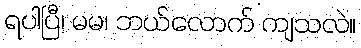
ရပါပြီ၊ မမ၊ ဘယ်လောက် ကျသလဲ။